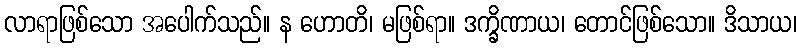
လာရာဖြစ်သော အပေါက်သည်။ န ဟောတိ၊ မဖြစ်ရာ။ ဒက္ခိဏာယ၊ တောင်ဖြစ်သော။ ဒိသာယ၊